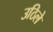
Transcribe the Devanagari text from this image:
उठिले